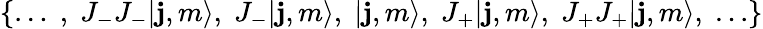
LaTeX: \{ \ldots\; ,\; J_{-}J_{-}|\mathbf{j},m\rangle,\; J_{-}|\mathbf{j},m\rangle,\; |\mathbf{j},m\rangle,\; J_{+}|\mathbf{j},m\rangle,\; J_{+}J_{+}|\mathbf{j},m\rangle,\; \ldots\}